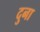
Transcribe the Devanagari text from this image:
दुना